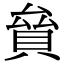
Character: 𧵱